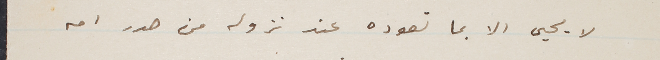
لا يحيى الا بما تعوده عند نزوله من صدر امه